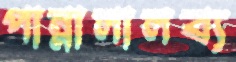
পান্নালালব্য